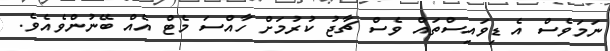
ނަމަވެސް އެ ޑިވައިސްތައް ވެސް ޗާޖު ކުރުމަށް ހާއްސަ މެޓް އެއް ބޭނުންވެއެވެ.